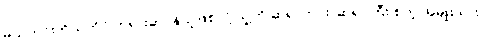
မယ်ကင်းကိုယ်တိုင် ဘုရားဆုပန်သူဖြစ်လို့ သူ့ကို ဆရာကင်း၊ ဆရာကြီး စတဲ့ အမျိုးသား